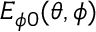
E _ { \phi 0 } ( \theta , \phi )